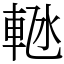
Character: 𬧴